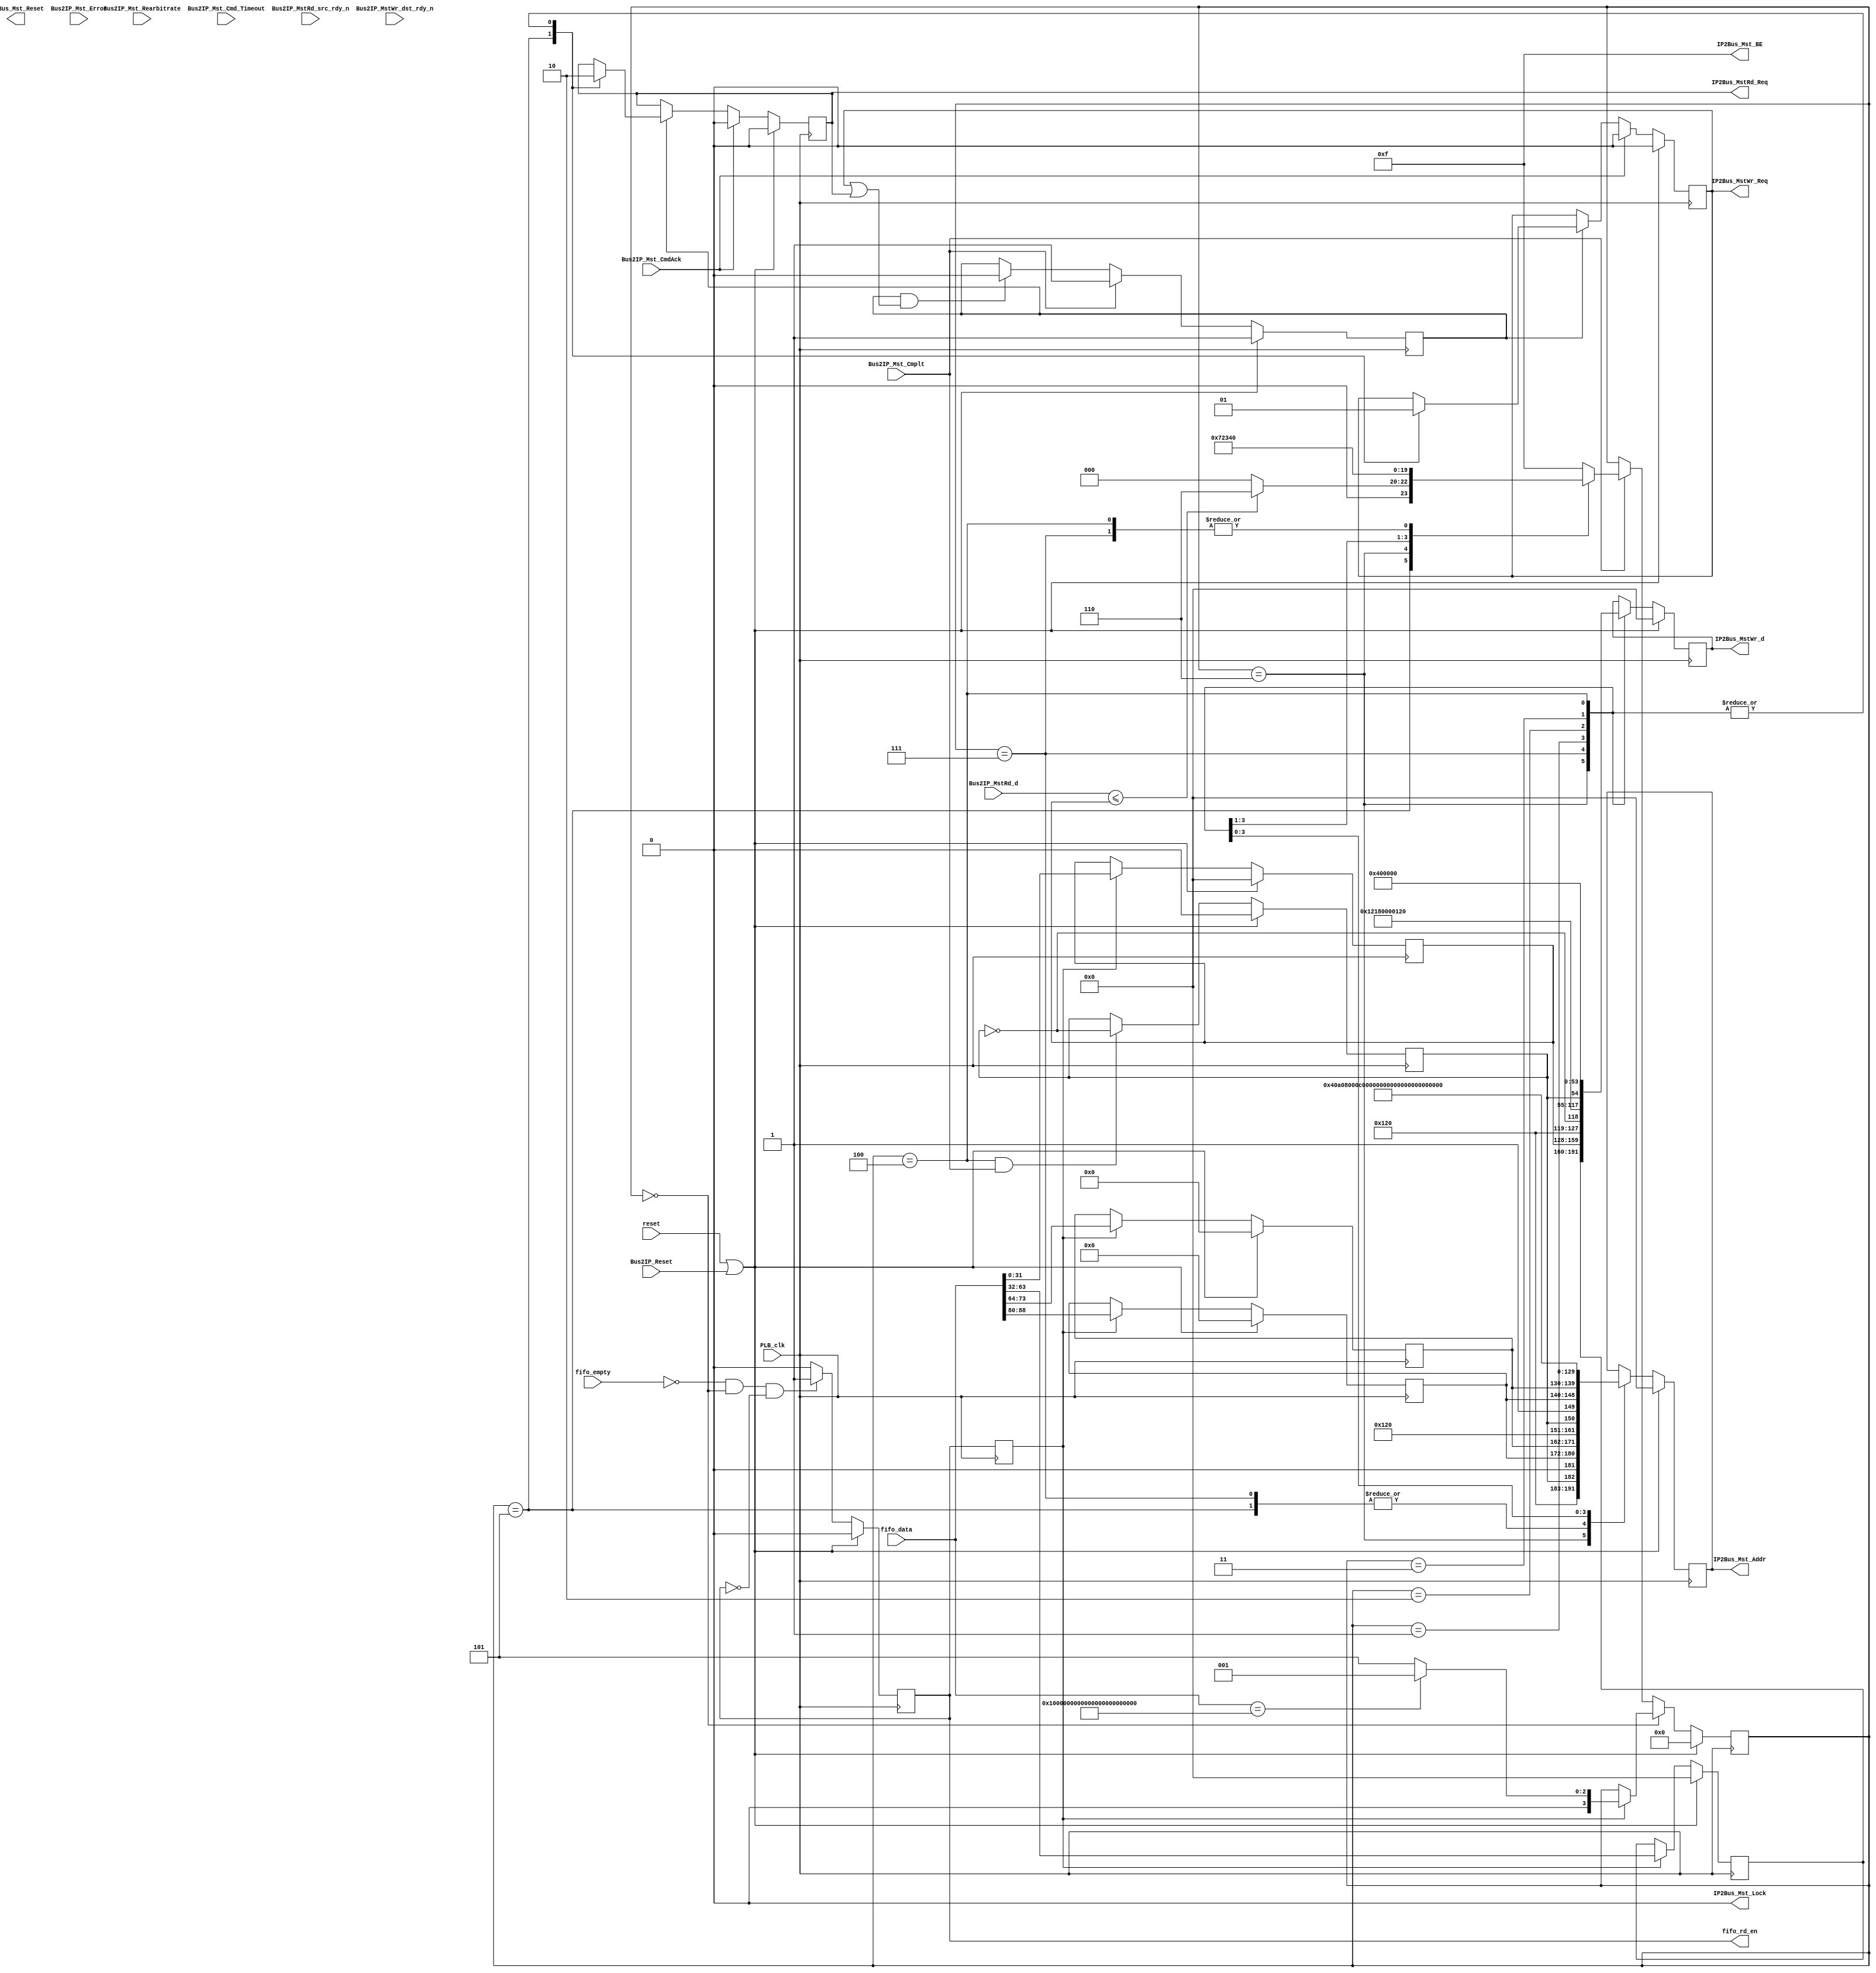
module fbwriter2(
    // For Development
    reset,

    fifo_data,
    fifo_empty,
    fifo_rd_en,
    
    PLB_clk,
	 
	Bus2IP_Reset,    
    IP2Bus_MstRd_Req,
    IP2Bus_MstWr_Req,
    IP2Bus_Mst_Addr,
    IP2Bus_Mst_BE,
    IP2Bus_Mst_Lock,
    IP2Bus_Mst_Reset,
    Bus2IP_Mst_CmdAck,
    Bus2IP_Mst_Cmplt,
    Bus2IP_Mst_Error,
    Bus2IP_Mst_Rearbitrate,
    Bus2IP_Mst_Cmd_Timeout,
    Bus2IP_MstRd_d,
    Bus2IP_MstRd_src_rdy_n,
    IP2Bus_MstWr_d,
    Bus2IP_MstWr_dst_rdy_n
    );


parameter FB_BASE_ADDR                   = 9'b1001_0000_0;
parameter FB_CNTL_ADDR                   = 32'h40A0_8000;
parameter DMA_CNTL_ADDR                  = 32'hC000_0000;

parameter RAST_FBW_FIFO_LEN              = 96;
parameter LINE_LEN                       = 9;
parameter COL_LEN                        = 10;

parameter FLUSH_COL                      = 'd639;
parameter FLUSH_LINE                     = 'd479;

//parameter FLUSH_COL                      = 'd20;
//parameter FLUSH_LINE                     = 'd10;


// PLB Parameters
parameter C_MST_AWIDTH                   = 32;
parameter C_MST_DWIDTH                   = 32;


// FIFO interface
input      [0 : RAST_FBW_FIFO_LEN-1]      fifo_data;
input                                     fifo_empty;
output reg                                fifo_rd_en = 0;

input                                     reset;

// PLB interface
input                                     PLB_clk;
input                                     Bus2IP_Reset;
output                                    IP2Bus_MstRd_Req;
output                                    IP2Bus_MstWr_Req;
output     [0 : C_MST_AWIDTH-1]           IP2Bus_Mst_Addr;
output     [0 : C_MST_DWIDTH/8-1]         IP2Bus_Mst_BE;
output                                    IP2Bus_Mst_Lock;
output                                    IP2Bus_Mst_Reset;
input                                     Bus2IP_Mst_CmdAck;
input                                     Bus2IP_Mst_Cmplt;
input                                     Bus2IP_Mst_Error;
input                                     Bus2IP_Mst_Rearbitrate;
input                                     Bus2IP_Mst_Cmd_Timeout;
input      [0 : C_MST_DWIDTH-1]           Bus2IP_MstRd_d;
input                                     Bus2IP_MstRd_src_rdy_n;
output     [0 : C_MST_DWIDTH-1]           IP2Bus_MstWr_d;
input                                     Bus2IP_MstWr_dst_rdy_n;


  // writer registers  
  reg     [0 : LINE_LEN-1]               line;
  reg     [0 : COL_LEN-1]                col;
  reg     [0 : 31]                       color;
  reg     [0 : 31]                       z;
  reg                                    completed = 1;
  
  reg     [0 : 31]                       address;
  reg     [0 : 31]                       wr_data;
  reg                                    buffer;
  
  reg                                    rd_req = 0;
  reg                                    wr_req = 0;
  
  reg [0:3] state;
  
  assign draw = (Bus2IP_MstRd_d <= z);

  // assign IPIF input wires
  assign IP2Bus_MstRd_Req                    = rd_req;
  assign IP2Bus_MstWr_Req                    = wr_req;
  
  assign IP2Bus_Mst_Addr = address;
  assign IP2Bus_MstWr_d = wr_data;
  
  assign IP2Bus_Mst_BE[0 : C_MST_DWIDTH/8-1] = ~('b0);
  assign IP2Bus_Mst_Lock                     = 0;
  //assign IP2Bus_MstWr_d[0 : C_MST_DWIDTH-1]  = color;
    
    
parameter DEQUE=0, DVI_REG=1, DMA_SA=2, DMA_DA=3, DMA_LEN=4, READ_ZB=5, WRITE_FB=6, WRITE_ZB=7;  

  always @ (posedge PLB_clk)
    begin
	  if ( reset || Bus2IP_Reset ) 
		  completed <= 1;
		else if ( Bus2IP_Mst_Cmplt ) 
		  completed <= 1;
      else if ( completed && (wr_req || rd_req) )
		  completed <= 0;
		else
		  completed <= completed;
	 end
  
  always @ (posedge PLB_clk)
    begin
      if ( reset || Bus2IP_Reset )
        fifo_rd_en <= 0;
		// want to make fifo_rd_en a pulse
      else if ( !fifo_empty && state == DEQUE && !fifo_rd_en )
        fifo_rd_en <= 1;
      else
        fifo_rd_en <= 0;
	 end

  // HACK!
  reg fifo_rd_en_delayed;
  always @ (posedge PLB_clk)
    fifo_rd_en_delayed <= fifo_rd_en;
    
  always @ (posedge PLB_clk)
    begin
	   if ( reset || Bus2IP_Reset )
		 begin
           buffer   <= 0;
         end    
       else if ( state == DMA_LEN && Bus2IP_Mst_Cmplt )
         begin
           buffer   <= ~buffer;
         end
       else 
         begin
           buffer   <= buffer;
         end         
     end
   
  // next state logic
  always @ (posedge PLB_clk)
    begin
      if ( reset || Bus2IP_Reset ) begin
        state <= 0;
        end
      else if ( state == DEQUE ) begin
        if ( fifo_rd_en_delayed ) begin
          if ( fifo_data == ~('b0) ) begin
            // start flush
            state <= DVI_REG;
            end
          else begin
            // start READ_ZB
            state <= READ_ZB;
            end
          end
        end
      else if ( Bus2IP_Mst_Cmplt ) begin
        case ( state )
          READ_ZB : begin
            if ( draw )
              state <= WRITE_FB;
            else
              state <= DEQUE;
            end
          WRITE_FB : begin
            state <= WRITE_ZB;
            end
          WRITE_ZB : begin
            state <= DEQUE;
            end
          DVI_REG : begin
            state <= DMA_SA;
            end
          DMA_SA : begin
            state <= DMA_DA;
            end
          DMA_DA : begin
            state <= DMA_LEN;
            end
          DMA_LEN : begin
            state <= DEQUE;
            end
          default : state <= ~('b0);
        endcase
      end
    end
    
        
  // address reg logic
  always @ (posedge PLB_clk)
    begin
      if ( reset || Bus2IP_Reset )
        address <= 'b0;
      else 
        case ( state )
          READ_ZB: 
            address <= {FB_BASE_ADDR, buffer, 1'b1, line, col, 2'b0};
          WRITE_FB:
            address <= {FB_BASE_ADDR, buffer, 1'b0, line, col, 2'b0};
          WRITE_ZB:
            address <= {FB_BASE_ADDR, buffer, 1'b1, line, col, 2'b0};
          DVI_REG:
            address <= FB_CNTL_ADDR;
          DMA_SA:
            address <= DMA_CNTL_ADDR + 8;
          DMA_DA:
            address <= DMA_CNTL_ADDR + 12;
          DMA_LEN:
            address <= DMA_CNTL_ADDR + 16;
        endcase
    end
       

  // wr_data logic       
  always @ (posedge PLB_clk)
    begin
      if ( reset || Bus2IP_Reset ) begin
        wr_data <= 'h0; end
      else begin
        case ( state )
          WRITE_FB: begin
            wr_data <= color; end
          WRITE_ZB: begin
            wr_data <= z; end
          DVI_REG: begin
            wr_data <= {FB_BASE_ADDR, ~buffer, 22'b0}; end
          DMA_SA: begin
            wr_data <= {FB_BASE_ADDR + 1, 1'b1, 22'b0}; end
          DMA_DA: begin
            wr_data <= {FB_BASE_ADDR, buffer, 22'b0}; end
          DMA_LEN: begin
            wr_data <= 32'h0040_0000; end
        endcase
        end
    end
    
  always @ (posedge PLB_clk)
    begin
      if ( reset || Bus2IP_Reset )
        begin
          rd_req <= 0;
          wr_req <= 0;
        end
      else if ( Bus2IP_Mst_CmdAck )
        begin
          rd_req <= 0;
          wr_req <= 0;
        end
      else if ( completed ) 
        begin
        case ( state )
          READ_ZB: begin
            rd_req <= 1;
            wr_req <= 0;
            end
          WRITE_FB: begin
            rd_req <= 0;
            wr_req <= 1;
            end
          WRITE_ZB: begin
            rd_req <= 0;
            wr_req <= 1;
            end
          DVI_REG: begin
            rd_req <= 0;
            wr_req <= 1;
            end
          DMA_SA: begin
            rd_req <= 0;
            wr_req <= 1;
            end
          DMA_DA: begin
            rd_req <= 0;
            wr_req <= 1;
            end
          DMA_LEN: begin
            rd_req <= 0;
            wr_req <= 1;
            end
        endcase
        end
    end
      
  // assign line and col and color regs
  always @ (posedge PLB_clk)
    begin
      if ( reset || Bus2IP_Reset )
        begin
          line   <= 'h0;
          col    <= 'h0;
          color  <= 'h0;
          z      <= 'h0;
        end
      else if ( fifo_rd_en_delayed )
        begin
          line   <= fifo_data[15-LINE_LEN+1:15];
          col    <= fifo_data[31-COL_LEN+1:31];
          color  <= fifo_data[32:63];
          z      <= fifo_data[64:95];
        end
    end 
 
endmodule